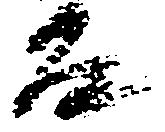
房